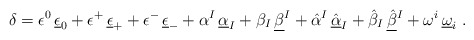
\begin{align*}\delta =\epsilon ^0\,\underline \epsilon_0+\epsilon^+\,\underline\epsilon_+ +\epsilon^-\,\underline \epsilon_- +\alpha^I\,\underline \alpha_I+\beta_I\,\underline \beta^I+\hat\alpha{}^I\,\underline{\hat \alpha}_I+\hat\beta_I\,\underline {\hat\beta}{}^I+\omega^i\,\underline \omega_i\ .\end{align*}